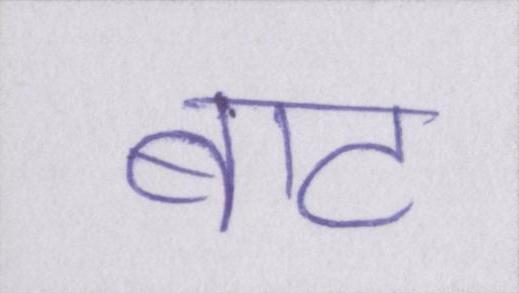
बाट